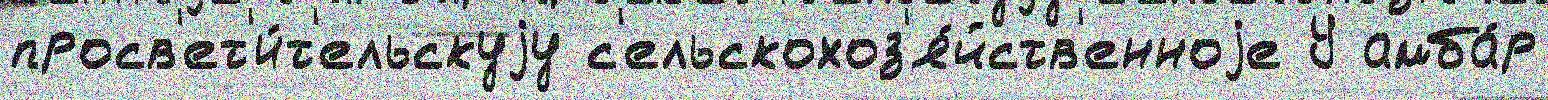
просв'ет'и́т'ельскуjу с'ельскохоз'я́йств'енноjе У амба́р